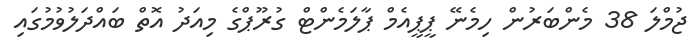
ޖުމްލަ 38 މެންބަރުން ހިމެނޭ ޕީޕީއެމް ޕާލަމެންޓް ގުރޫޕްގެ މިއަދު އޮތް ބައްދަލުވުމުގައި